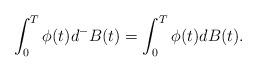
LaTeX: \begin{align*}\int_0^T\phi(t)d^-B(t)=\int_0^T\phi(t)dB(t).\end{align*}